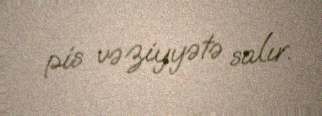
pis vəziyyətə salır.